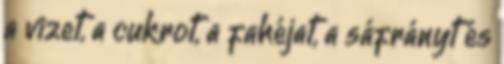
a vizet, a cukrot, a fahéjat, a sáfrányt és